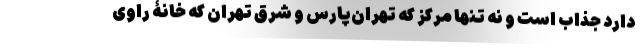
دارد جذاب است و نه تنها مرکز که تهران‌پارس و شرق تهران که خانۀ راوی